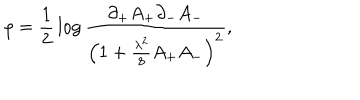
LaTeX: \rho = { \frac { 1 } { 2 } } \log { \frac { \partial _ { + } A _ { + } \partial _ { - } A _ { - } } { \left( 1 + { \frac { \lambda ^ { 2 } } { 8 } } A _ { + } A _ { - } \right) ^ { 2 } } } ,